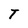
Character: T